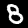
Label: 8